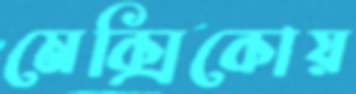
মেক্সিকোয়